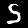
Digit: 5